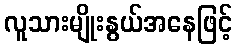
လူသားမျိုးနွယ်အနေဖြင့်